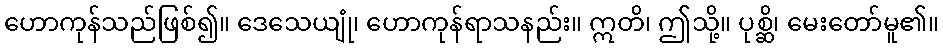
ဟောကုန်သည်ဖြစ်၍။ ဒေသေယျုံ၊ ဟောကုန်ရာသနည်း။ ဣတိ၊ ဤသို့။ ပုစ္ဆိ၊ မေးတော်မူ၏။